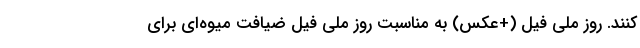
کنند. روز ملی فیل (+عکس) به مناسبت روز ملی فیل ضیافت میوه‌ای برای